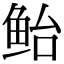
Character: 鲐